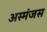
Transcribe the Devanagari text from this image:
अस्मंजस